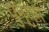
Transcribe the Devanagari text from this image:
पुन्यम